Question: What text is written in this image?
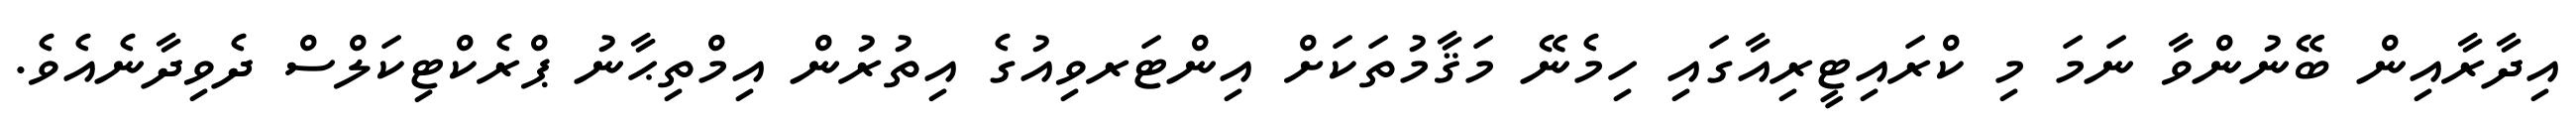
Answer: އިދާރާއިން ބޭނުންވާ ނަމަ މި ކްރައިޓީރިއާގައި ހިމެނޭ މަޤާމުތަކަށް އިންޓަރވިއުގެ އިތުރުން އިމްތިޙާނު ޕްރެކްޓިކަލްސް ދެވިދާނެއެވެ.